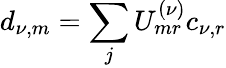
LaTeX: d_{\nu,m}=\sum_{j}U_{mr}^{(\nu)}c_{\nu,r}